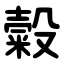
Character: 糓